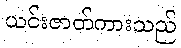
ယင်းဇာတ်ကားသည်